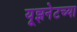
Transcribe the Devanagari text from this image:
यूझनेटच्या